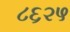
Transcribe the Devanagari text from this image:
८६२५